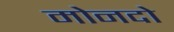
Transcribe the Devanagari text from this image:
मोनदो